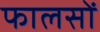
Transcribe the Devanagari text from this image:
फालसों